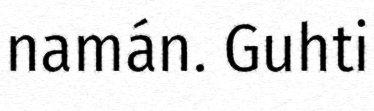
namán. Guhti